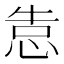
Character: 𰑣